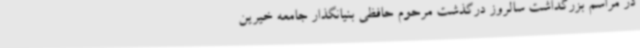
در مراسم بزرگداشت سالروز درگذشت مرحوم حافظی بنیانگذار جامعه خیرین